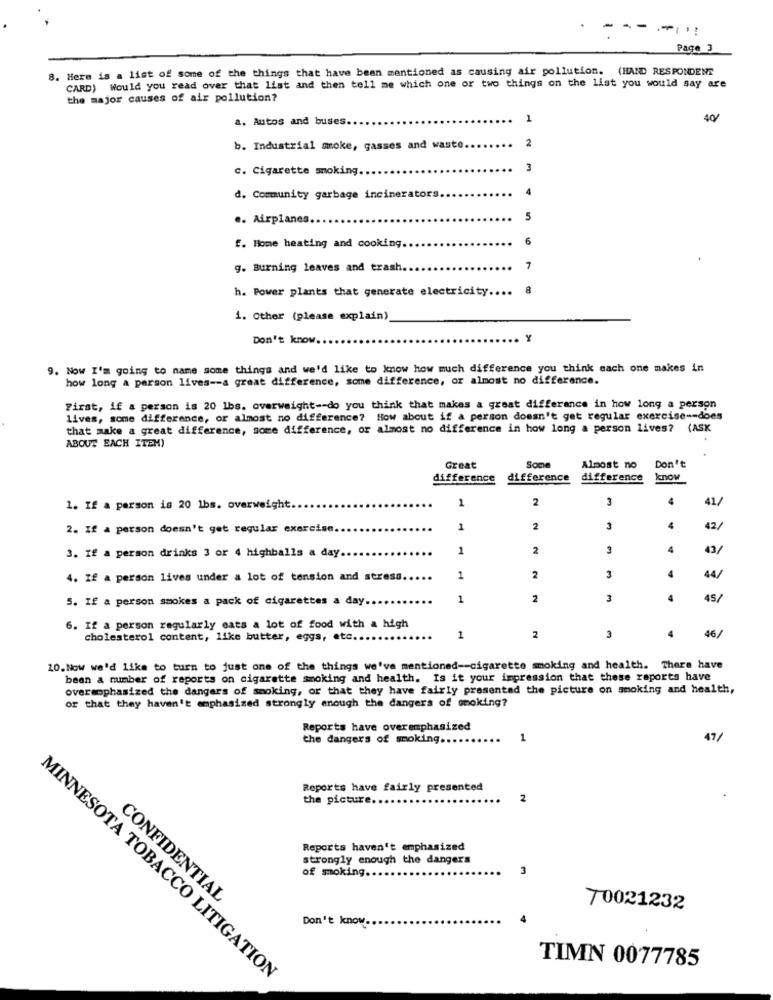
Page 3
8. Here is a list of some of the things that have been mentioned as causing air pollution. (HAND RESPONDENT
CARD) Would you read over that list and then tell me which one or two things on the list you would say are
the major causes of air pollution?
a. Autos and buses.
1
40/
2
b. Industrial moke, gasses and waste.
c. Cigarette smoking.
3
d. Community garbage incinerators.
.. Airplanes
5
6
f. Home heating and cooking.
g. Burning leaves and trash
7
h. Power plants that generate electricity ....
8
1. Other (please explain)
Don't know ..
Y
9. Now I'm going to name some things and we'd like to know how much difference you think each one makes in
how long a person lives -- a great difference, some difference, or almost no difference.
First, if a person is 20 lbs. overweight -- do you think that makes a great difference in how long a person
Lives, some difference, or almost no difference? How about if a person doesn't get regular exercise -- does
that make a great difference, some difference, or almost no difference in how long a person lives? (ASK
ABOUT EACH ITEM)
Great
Some
Almost no
Don't
difference
difference
difference
know
1
2
3
41,
1. If a person is 20 lbs. overweight.
2. If a person doesn't get regular exercise.
1
2
3
4
42/
3. If a person drinks 3 or 4 highballs a day
1
2
4
43/
4. If a person lives under a lot of tension and stress.
1
2
3
4
44/
5. If a person smokes a pack of cigarettes a day.
.
1
2
3
4
45/
6. If a person regularly eats a lot of food with a high
cholesterol content, like butter, eggs, etc.
1
2
3
46/
10. Now we'd like to turn to just one of the things we've mentioned -- cigarette smoking and health. There have
bean a number of reports on cigarette smoking and health. Is it your impression that these reports have
overemphasized the dangers of smoking, or that they have fairly presented the picture on smoking and health,
or that they haven't emphasized strongly enough the dangers of smoking?
Reports have overemphasized
the dangers of smoking ..
1
47/
Reports have fairly presented
the picture
2
Reports haven't emphasized
strongly enough the dangers
of smoking.
3
CONFIDENTIAL
70021232
Don't know.
TIMN 0077785
MINNESOTA TOBACCO LITIGATION